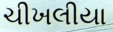
ચીખલીયા